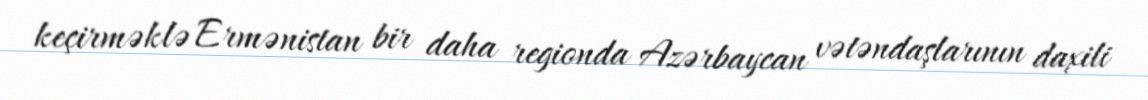
keçirməklə Ermənistan bir daha regionda Azərbaycan vətəndaşlarının daxili